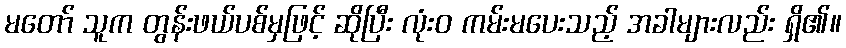
မတော် သူက တွန်းဖယ်ပစ်မှဖြင့် ဆိုပြီး လုံးဝ ကမ်းမပေးသည့် အခါများလည်း ရှိ၏။